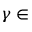
\gamma \in